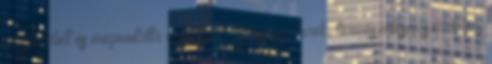
megfordult és megmutatta a popsiját. Feszes, kerek, természetesen szőrtelen,